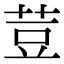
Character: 荳